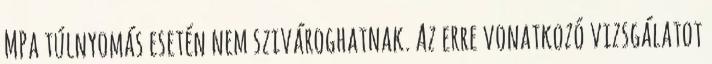
MPa túlnyomás esetén nem szivároghatnak. Az erre vonatkozó vizsgálatot